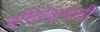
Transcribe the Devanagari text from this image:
अधिवेशनाची